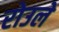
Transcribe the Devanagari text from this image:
रोउले